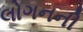
લોગનની